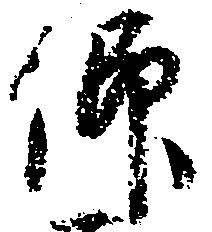
仰